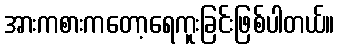
အားကစားကတော့ရေကူးခြင်းဖြစ်ပါတယ်။